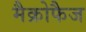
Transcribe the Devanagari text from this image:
मैक्रोफैज